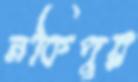
নকিপুর